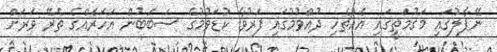
ނޭޕާލުގައި މަގުމަތީގައި އެއްޗެހި ދުއްވުމުގައި ފަރުވާ ކުޑަވުމުގެ ސަބަބުން އަހަރެއްގެ ތެރޭ ވަރަށް